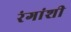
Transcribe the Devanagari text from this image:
रंगांशी